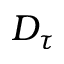
D _ { \tau }